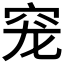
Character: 𰩅